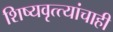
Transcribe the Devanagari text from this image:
शिष्यवृत्त्यांचाही